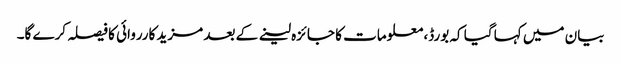
بیان میں کہا گیا کہ بورڈ، معلومات کا جائزہ لینے کے بعد مزید کارروائی کا فیصلہ کرے گا۔